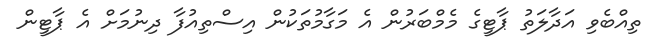
ތިއްބެވި އަދާލަތު ޕާޓީގެ މެމްބަރުން އެ މަގާމުތަކުން އިސްތިއުފާ ދިނުމަށް އެ ޕާޓީން